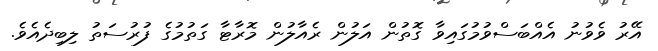
އޭރު ވެވުނު އެއްބަސްވުމުގައިވާ ގޮތުން އަލުން ރެއާލުން މޮރާޓާ ގަތުމުގެ ފުރުސަތު ލިބިދެއެވެ.